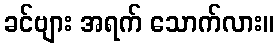
ခင်ဗျား အရက် သောက်လား။